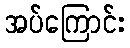
အပ်ကြောင်း